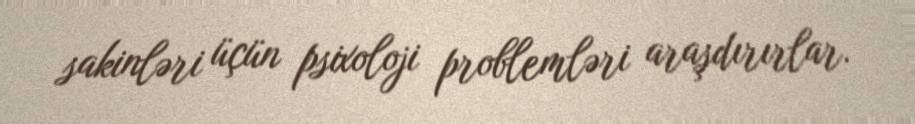
sakinləri üçün psixoloji problemləri araşdırırlar.